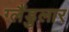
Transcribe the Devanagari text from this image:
ग्लैंडुलार